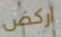
اركض